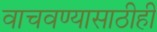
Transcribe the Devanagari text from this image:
वाचवण्यासाठीही